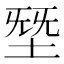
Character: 𰉸